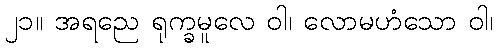
၂၁။ အရညေ ရုက္ခမူလေ ဝါ၊ လောမဟံသော ဝါ၊